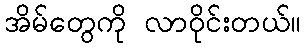
အိမ်တွေကို လာဝိုင်းတယ်။